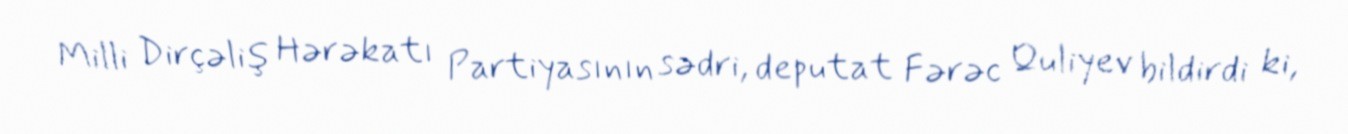
Milli Dirçəliş Hərəkatı Partiyasının sədri, deputat Fərəc Quliyev bildirdi ki,